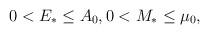
LaTeX: \begin{align*} \begin{aligned} & 0<E_*\le A_0 , 0< M_*\le \mu_0 ,\end{aligned}\end{align*}